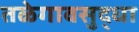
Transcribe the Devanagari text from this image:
तळेगावसुद्धा